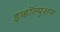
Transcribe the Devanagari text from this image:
इव्हॉल्युशन